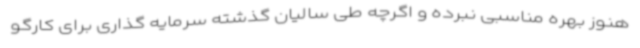
هنوز بهره مناسبی نبرده و اگرچه طی سالیان گذشته سرمایه گذاری برای کارگو